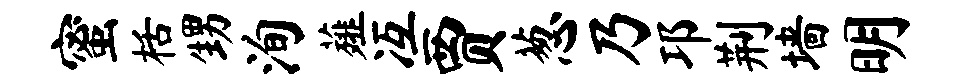
蜜栝甥洵薤冱贾葱乃邛荆墙明